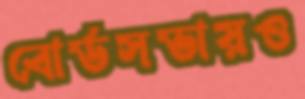
বোর্ডসভায়ও